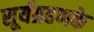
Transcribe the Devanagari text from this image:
सूर्यग्रहणके